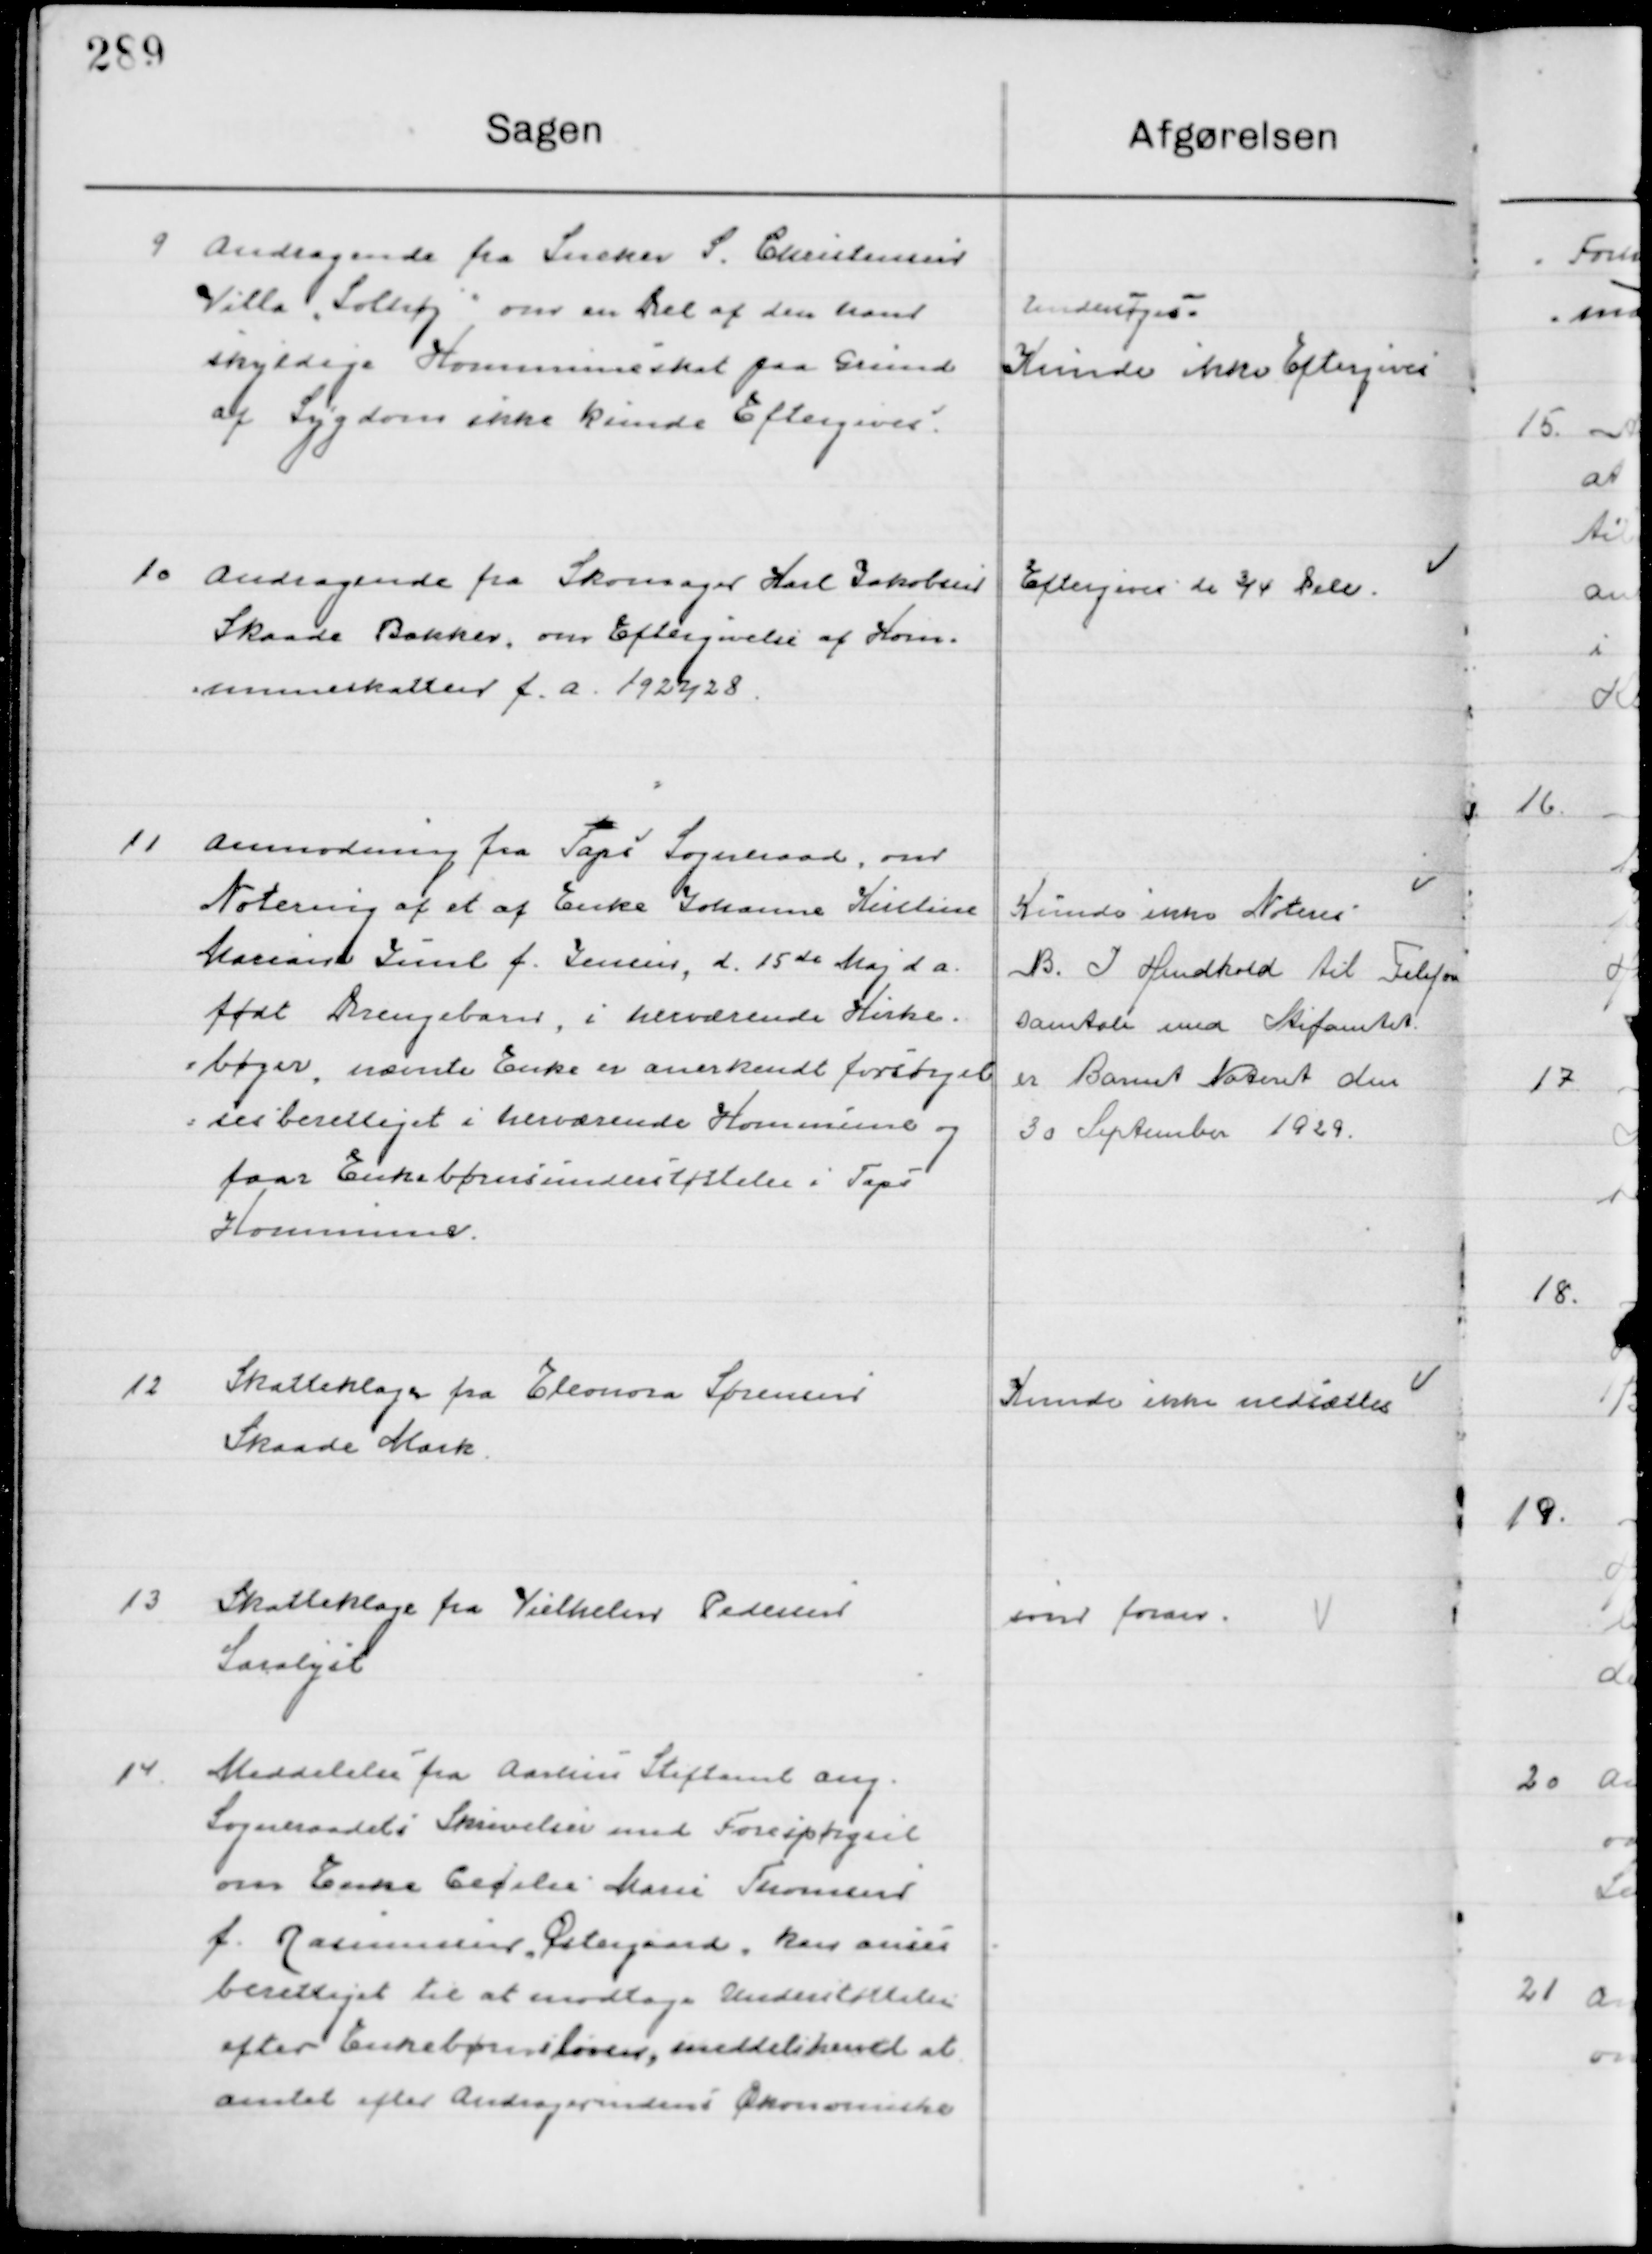
Transskription:
9

Andragende fra Sneker S. Christiansen
Villa, Solhøj om en Del af den hans
skyldige kommuneskat paa Grund 
af Sygdom ikke kunde Eftergives

Undersøges.
Kunde ikke Eftergives

10

Andragende fra Skomager Karl Jakobsen
Skaade Bakker om Eftergivelse af Kom-
muneskatter f. A. 1927/28.

Eftergives de ¾ Dele

11

Anmodning fra Taps Sogneraad, over
Notering af et af Enke Johanne Kirstine
Mariane Lund f. Jensen, d. 15de Maj d. A.
født Drengebarn i herværende Kirke-
bøger, nævnte Enke er anerkendt forsørgel-
sesberettiget i herværende Kommune og
faare Enke børns understøttelse i Taps 	
Kommune.

Kunde ikke Noteres
B. I henhold til Telefon-
samtale med Stiftsamtet
er Barnet Noteret den
30 September 1929

12

Skatteklage fra Eleonora Sørensen 
Skaade Mark

Kunde ikke nedsættes

13

Skatteklage fra Vilhelms Pedersen 
Saralyst

som foran

14

Meddelelse fra Aarhus Stiftsamt ang.
Sogneraadets Skrivelse med Forespørgsel
om Enke Cecilie Marie Thomsen
f. Rasmussen Østergaard, kan anses
berettiget til at modtage Understøttelse
efter Enke børns loven, meddeles hermed at
Amtet efter Andragerindens Økonomiske